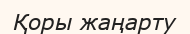
Қоры жаңарту